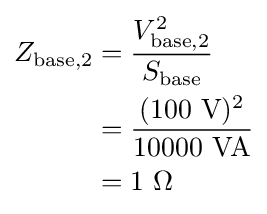
{\begin{aligned}Z_{\text{base,2}}&={\frac {V_{\text{base,2}}^{2}}{S_{\text{base}}}}\\&={\frac {(100{\text{ V}})^{2}}{10000{\text{ VA}}}}\\&={\text{1 }}\Omega \\\end{aligned}}